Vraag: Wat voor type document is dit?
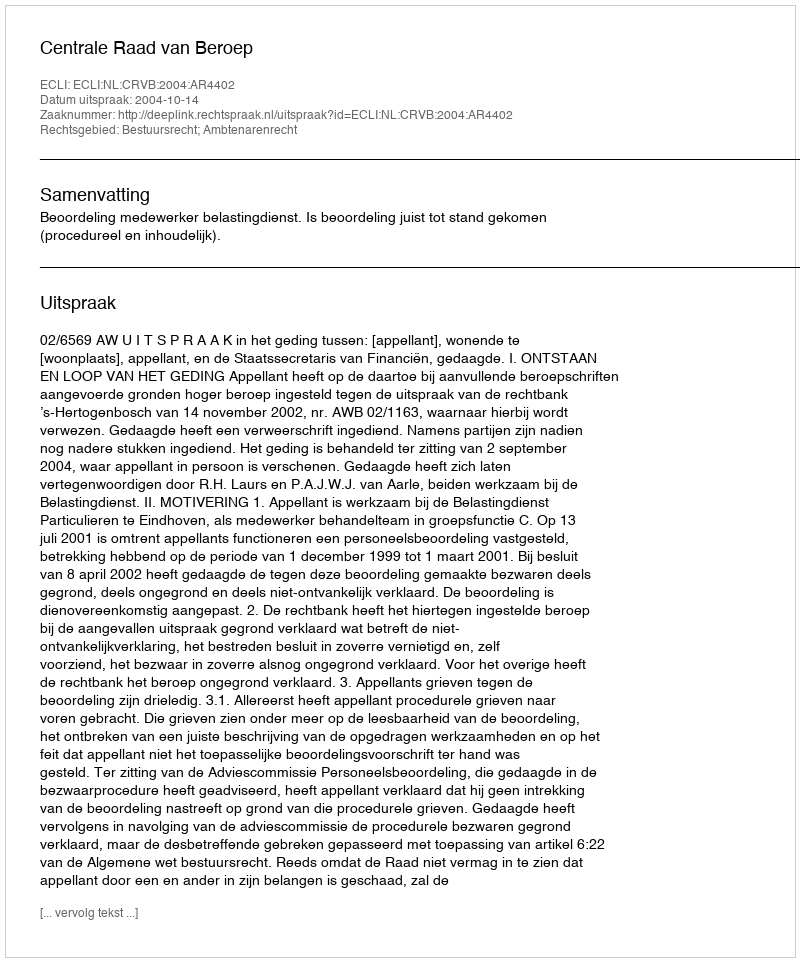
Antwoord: Uitspraak